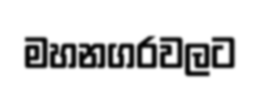
මහනගරවලට